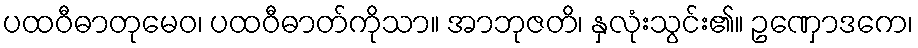
ပထဝီဓာတုမေဝ၊ ပထဝီဓာတ်ကိုသာ။ အာဘုဇတိ၊ နှလုံးသွင်း၏။ ဥဏှောဒကေ၊